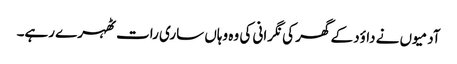
آدمیوں نے داؤد کے گھر کی نگرانی کی وہ وہاں ساری رات ٹھہرے رہے۔